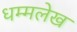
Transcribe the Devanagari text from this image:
धम्मलेख